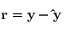
\mathbf { r } = \mathbf { y } - \mathbf { \hat { y } }